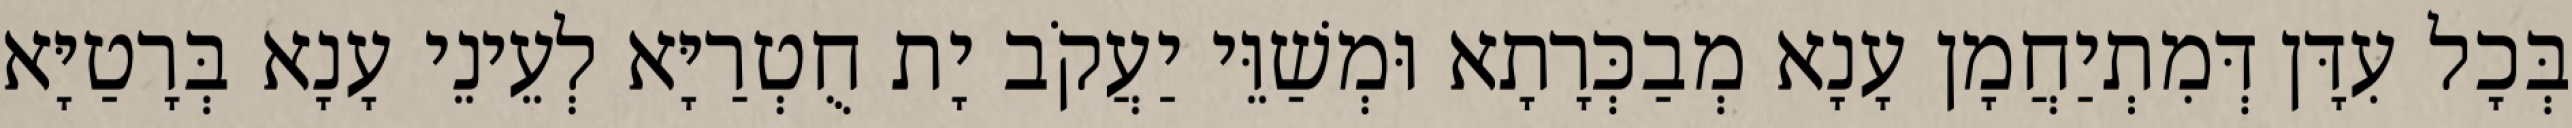
בְּכָל עִדָּן דְּמִתְיַחֲמָן עָנָא מְבַכְּרָתָא וּמְשַׁוֵּי יַעֲקֹב יָת חֻטְרַיָּא לְעֵינֵי עָנָא בְּרָטַיָּא